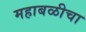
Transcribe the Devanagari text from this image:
महाबळीचा